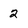
Character: 2